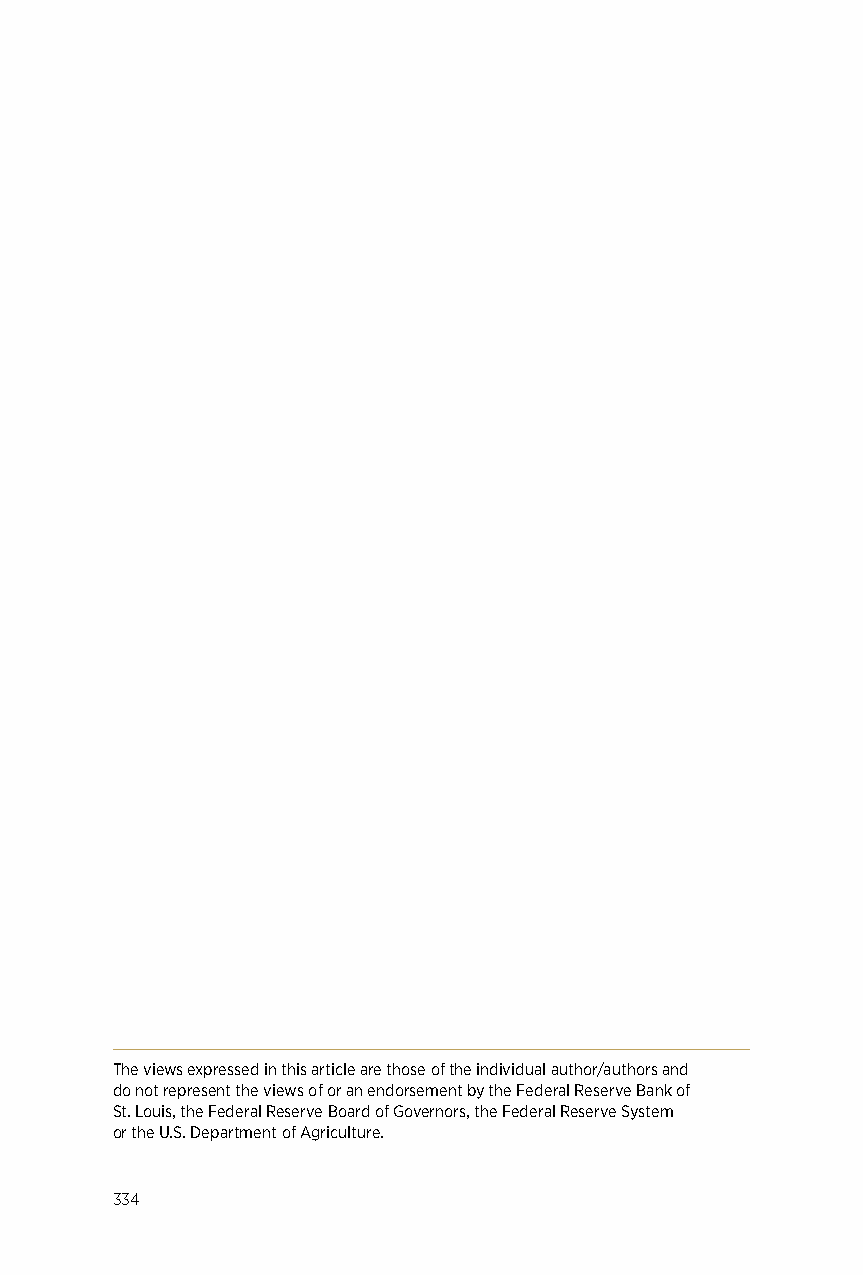
The views expressed in this article are those of the individual author/authors and
 do not represent the views of or an endorsement by the Federal Reserve Bank of
 St. Louis, the Federal Reserve Board of Governors, the Federal Reserve System
 or the U.S. Department of Agriculture.
 334